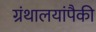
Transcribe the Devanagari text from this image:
ग्रंथालयांपैकी